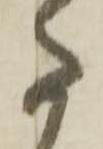
た